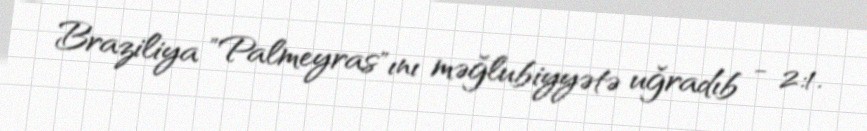
Braziliya "Palmeyras"ını məğlubiyyətə uğradıb - 2:1.